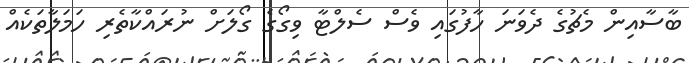
ބާސާއިން މެޗުގެ ދެވަނަ ހާފުގައި ވެސް ސެލްޓާ ވިގޯގެ ގޯލަށް ނުރައްކާތެރި ހަމަލާތަކެއް